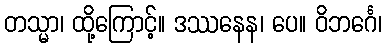
တသ္မာ၊ ထို့ကြောင့်။ ဒဿနေန၊ ပေ။ ဝိဘင်္ဂေ၊